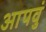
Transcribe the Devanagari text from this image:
आपवुं